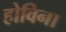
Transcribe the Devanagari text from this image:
होविना